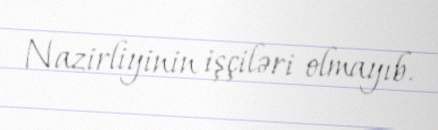
Nazirliyinin işçiləri olmayıb.